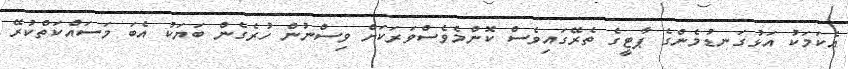
އެކަމަކު އަޅުގަނޑުމެންގެ ޕާޓީގެ ތެރޭގައިވެސް ކޮންމެވެސްވަރަކަށް ވިސްނުން ހުރެގެން ބަޔަކު އެބަ މަސައްކަތްކުރޭ